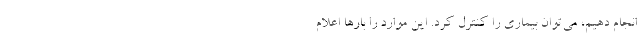
انجام دهیم، می‌توان بیماری را کنترل کرد. این موارد را بارها اعلام